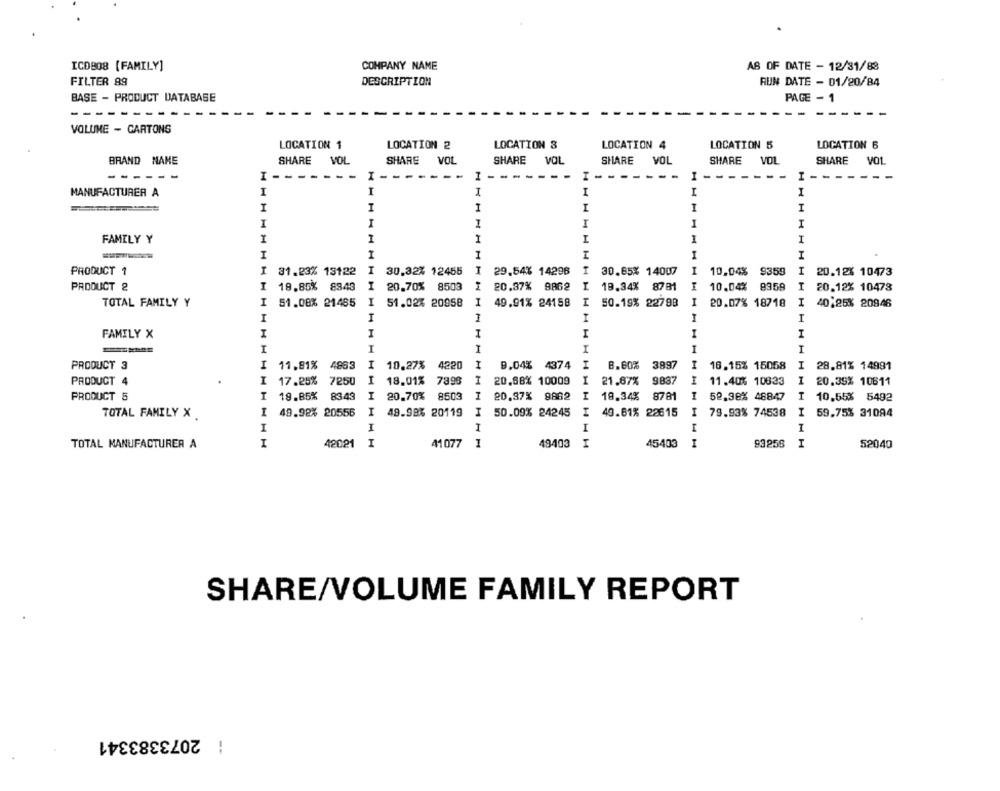
ICO808 [FAMILY]
COMPANY NAME
AS OF DATE - 12/31/88
FILTER 89
DESCRIPTION
RUN DATE - 01/20/84
BASE - PRODUCT DATABASE
PAGE - 1
-
VOLUME - CARTONS
LOCATION 1
LOCATION 2
LOCATION 3
LOCATION 4
LOCATION 5
LOCATION 6
BRAND NAME
SHARE VOL
SHARE VOL
SHARE
VOL
SHARE VOL
SHARE VOL
VOL
SHARE
VOL
- -
---
I -
I -----
I -----
I -------
I -------
------
I
I
MANUFACTURER A
I
I
I
I
H
I
I
1
I
I
FAMILY Y
H
1 H
1
I
I
I
I
I
I
I
PRODUCT 1
I
31.23% 13122
30.32% 12455
29.54% 14296
30.85% 14007
10.04% 9359
I
20.12% 10473
I
PRODUCT 2
I 19.85% 8843
I 20.70% 8503
20.37% 9862
19.34% 8781
10.04% 8959
I 20.12% 10478
I
I
49.91% 24158
I
TOTAL FAMILY Y
51.08% 21485
I 51.02% 20958
I 50.19% 22798
20.07% 18718
I 40,25% 20946
I
I
I
I
I
I
I
I
I
FAMILY X
I
I
I
HH
I
11.81% 4863
I
10.27% 4220
9.04% 4374
I
8.60%
3997
I 16.15% 15058
I
PRODUCT 3
28.81% 14991
PRODUCT 4
7250
I
18.01% 7898
I
20.88% 10009
21.67%
9837
I
11.40% 10833
I
20.39% 10611
I 17.25%
PRODUCT 5
8343
I
20.70% 8503
20.37% 8882
19.34%
8781
I
52,38% 48847
I 19.85%
10.55% 5492
I
49.92% 20556
I
49.98% 20119
I
I
49.61% 22615
I
79.93% 74538
TOTAL FAMILY X
50.09% 24245
I 59.75% 31094
I
I
I
I
I
TOTAL MANUFACTURER A
I
42021
I
41077
I
48403
I
45403
I
93 256
I
52040
SHARE/VOLUME FAMILY REPORT
: 2073383341